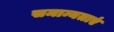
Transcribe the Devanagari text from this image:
समान्यताएं